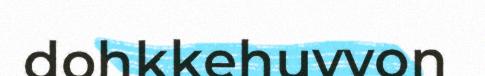
dohkkehuvvon